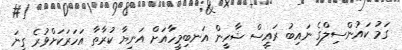
ގަމު ކައުންސިލްގެ ނައިބު ރައީސް ޝާހީން އަނބިމީހާއަށް އަނިޔާ ކުރާތާ އަހަރަކަށްވުރެ ގިނަ